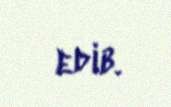
edib.